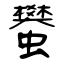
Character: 蠜